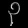
Digit: ၃